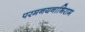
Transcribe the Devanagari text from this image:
परमनयनाभिराम